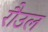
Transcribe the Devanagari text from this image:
रौउल